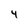
Character: 4